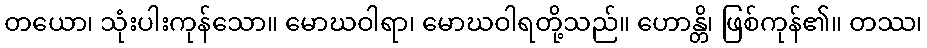
တယော၊ သုံးပါးကုန်သော။ မောဃဝါရာ၊ မောဃဝါရတို့သည်။ ဟောန္တိ၊ ဖြစ်ကုန်၏။ တဿ၊